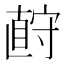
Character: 𪧡